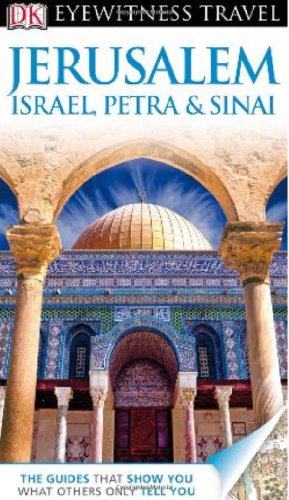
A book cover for DK Eyewitness Travel Guide: Jerusalem, Israel, Petra & Sinai; Dorling Kindersley; Travel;